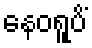
နေဝရူပိံ